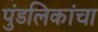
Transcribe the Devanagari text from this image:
पुंडलिकांचा